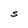
Character: S